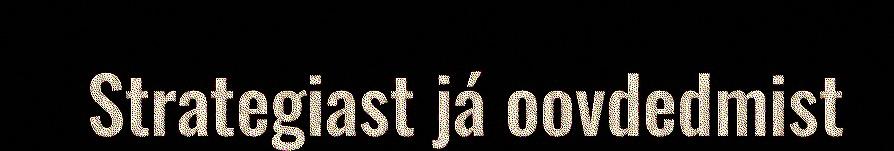
Strategiast já oovdedmist